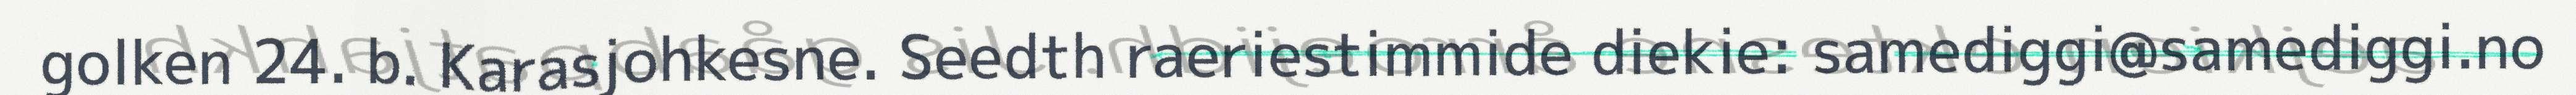
golken 24. b. Karasjohkesne. Seedth raeriestimmide diekie: samediggi@samediggi.no